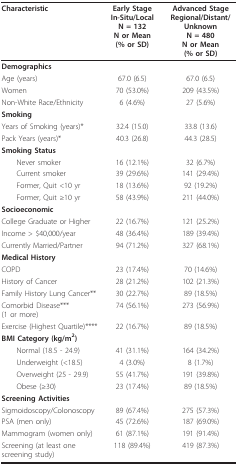
| Characteristic | Early StageIn-Situ/LocalN = 132N or Mean (% or SD) | Advanced StageRegional/Distant/UnknownN = 480N or Mean (% or SD) |
 | --- | --- | --- |
 | <COLSPAN=3> Demographics |
 | Age (years) | 67.0 (6.5) | 67.0 (6.5) |
 | Women | 70 (53.0%) | 209 (43.5%) |
 | Non-White Race/Ethnicity | 6 (4.6%) | 27 (5.6%) |
 | <COLSPAN=3> Smoking |
 | Years of Smoking (years)* | 32.4 (15.0) | 33.8 (13.6) |
 | Pack Years (years)* | 40.3 (26.8) | 44.3 (28.5) |
 | Smoking Status |  |  |
 | Never smoker | 16 (12.1%) | 32 (6.7%) |
 | Current smoker | 39 (29.6%) | 141 (29.4%) |
 | Former, Quit <10 yr | 18 (13.6%) | 92 (19.2%) |
 | Former, Quit ≥10 yr | 58 (43.9%) | 211 (44.0%) |
 | <COLSPAN=3> Socioeconomic |
 | College Graduate or Higher | 22 (16.7%) | 121 (25.2%) |
 | Income > $40,000/year | 48 (36.4%) | 189 (39.4%) |
 | Currently Married/Partner | 94 (71.2%) | 327 (68.1%) |
 | <COLSPAN=3> Medical History |
 | COPD | 23 (17.4%) | 70 (14.6%) |
 | History of Cancer | 28 (21.2%) | 102 (21.3%) |
 | Family History Lung Cancer** | 30 (22.7%) | 89 (18.5%) |
 | Comorbid Disease*** (1 or more) | 74 (56.1%) | 273 (56.9%) |
 | Exercise (Highest Quartile)**** | 22 (16.7%) | 89 (18.5%) |
 | <COLSPAN=3> BMI Category (kg/m2) |
 | Normal (18.5 - 24.9) | 41 (31.1%) | 164 (34.2%) |
 | Underweight (<18.5) | 4 (3.0%) | 8 (1.7%) |
 | Overweight (25 - 29.9) | 55 (41.7%) | 191 (39.8%) |
 | Obese (≥30) | 23 (17.4%) | 89 (18.5%) |
 | <COLSPAN=3> Screening Activities |
 | Sigmoidoscopy/Colonoscopy | 89 (67.4%) | 275 (57.3%) |
 | PSA (men only) | 45 (72.6%) | 187 (69.0%) |
 | Mammogram (women only) | 61 (87.1%) | 191 (91.4%) |
 | Screening (at least one screening study) | 118 (89.4%) | 419 (87.3%) |